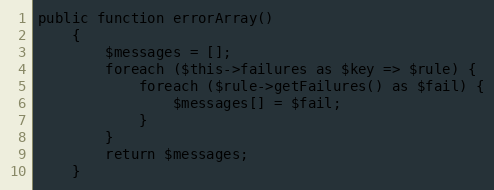
Language: PHP
public function errorArray()
    {
        $messages = [];
        foreach ($this->failures as $key => $rule) {
            foreach ($rule->getFailures() as $fail) {
                $messages[] = $fail;
            }
        }
        return $messages;
    }